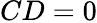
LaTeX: CD=0